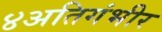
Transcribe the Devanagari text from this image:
४अतिगंभीर